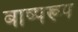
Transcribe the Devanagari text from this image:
बाष्परूप